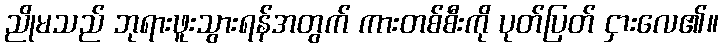
ညိုမသည် ဘုရားဖူးသွားရန်အတွက် ကားတစ်စီးကို ပုတ်ပြတ် ငှားလေ၏။